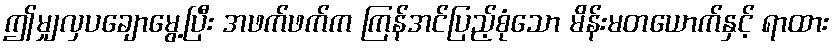
ဤမျှလှပချောမွေ့ပြီး အဖက်ဖက်က ကြန်အင်ပြည့်စုံသော မိန်းမတယောက်နှင့် ရာထား